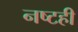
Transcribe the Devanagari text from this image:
नष्टही